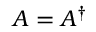
A = A ^ { \dagger }